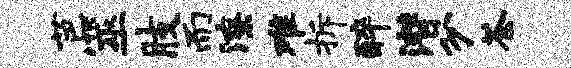
芭筮肢而潦难拆醉潜分苍